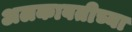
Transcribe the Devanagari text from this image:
अलकावतीच्या